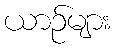
ယာဉ်များ